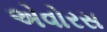
એવોરસ